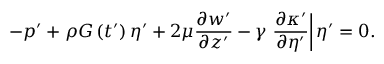
- p ^ { \prime } + \rho G \left( t ^ { \prime } \right) \eta ^ { \prime } + 2 \mu \frac { \partial w ^ { \prime } } { \partial z ^ { \prime } } - \gamma \left. \frac { \partial \kappa ^ { \prime } } { \partial \eta ^ { \prime } } \right| \eta ^ { \prime } = 0 .